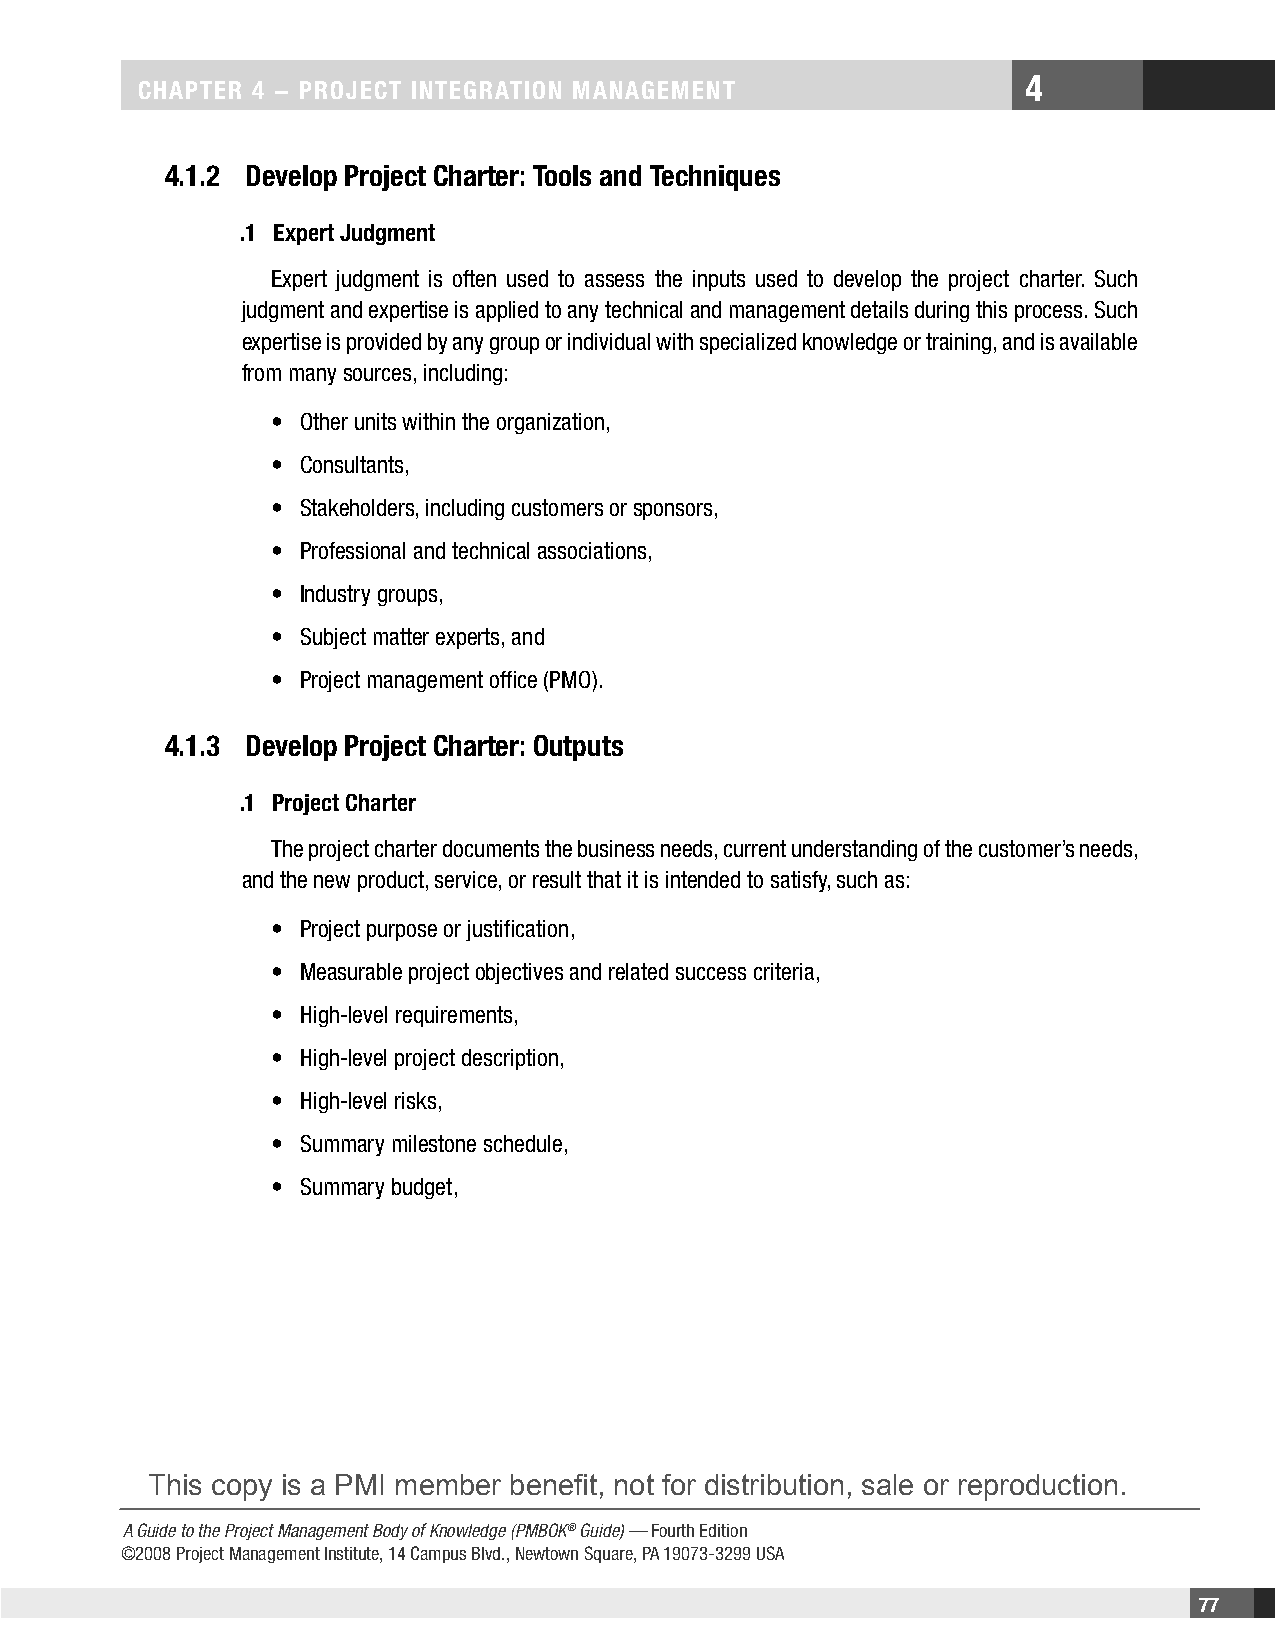
4
 CHaPteR 4 − PRojeCt IntegRatIon management
 4.1.2 Develop Project Charter: tools and techniques
 .1 expert judgment
 Expert judgment is often used to assess the inputs used to develop the project charter. Such
 judgment and expertise is applied to any technical and management details during this process. Such
 expertise is provided by any group or individual with specialized knowledge or training, and is available
 from many sources, including:
 • Other units within the organization,
 • Consultants,
 • Stakeholders, including customers or sponsors,
 • Professional and technical associations,
 • Industry groups,
 • Subject matter experts, and
 • Project management office (PMO).
 4.1.3 Develop Project Charter: outputs
 .1 Project Charter
 The project charter documents the business needs, current understanding of the customer’s needs,
 and the new product, service, or result that it is intended to satisfy, such as:
 • Project purpose or justification,
 • Measurable project objectives and related success criteria,
 • High-level requirements,
 • High-level project description,
 • High-level risks,
 • Summary milestone schedule,
 • Summary budget,
 This copy is a PMI member benefit, not for distribution, sale or reproduction.
 A Guide to the Project Management Body of Knowledge (PMBOK® Guide) — Fourth Edition
 ©2008 Project Management Institute, 14 Campus Blvd., Newtown Square, PA 19073-3299 USA
 77